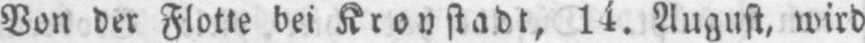
Von der Flotte bei Kronstadt, 14. August, wird